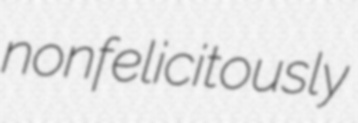
nonfelicitously